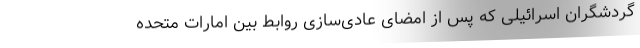
گردشگران اسرائیلی که پس از امضای عادی‌سازی روابط بین امارات متحده